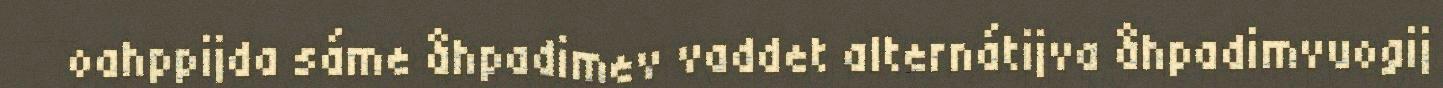
oahppijda sáme åhpadimev vaddet alternátijva åhpadimvuogij